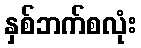
နှစ်ဘက်စလုံး